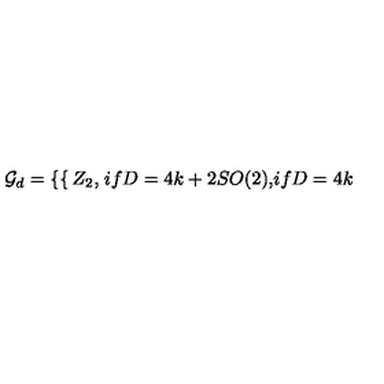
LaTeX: { \cal G } _ { d } = \left\{ \begin{cases} { Z _ { 2 } , } & { i f D = 4 k + 2 } \\ { S O ( 2 ) , } & { i f D = 4 k } \\ \end{cases} \right.